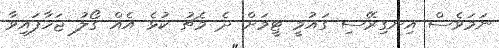
ނަމަވެސް އިނގިރޭސި ގައުމީ ޓީމަށް ދެ މެޗު ކުޅެ އެއް ގޯލު ޖަހާފައިވާ